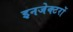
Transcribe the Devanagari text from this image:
इनजेक्टरों